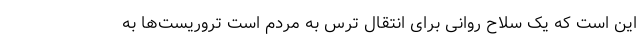
این است که یک سلاح روانی برای انتقال ترس به مردم است تروریست‌ها به